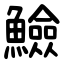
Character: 䲓